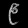
Digit: ၉